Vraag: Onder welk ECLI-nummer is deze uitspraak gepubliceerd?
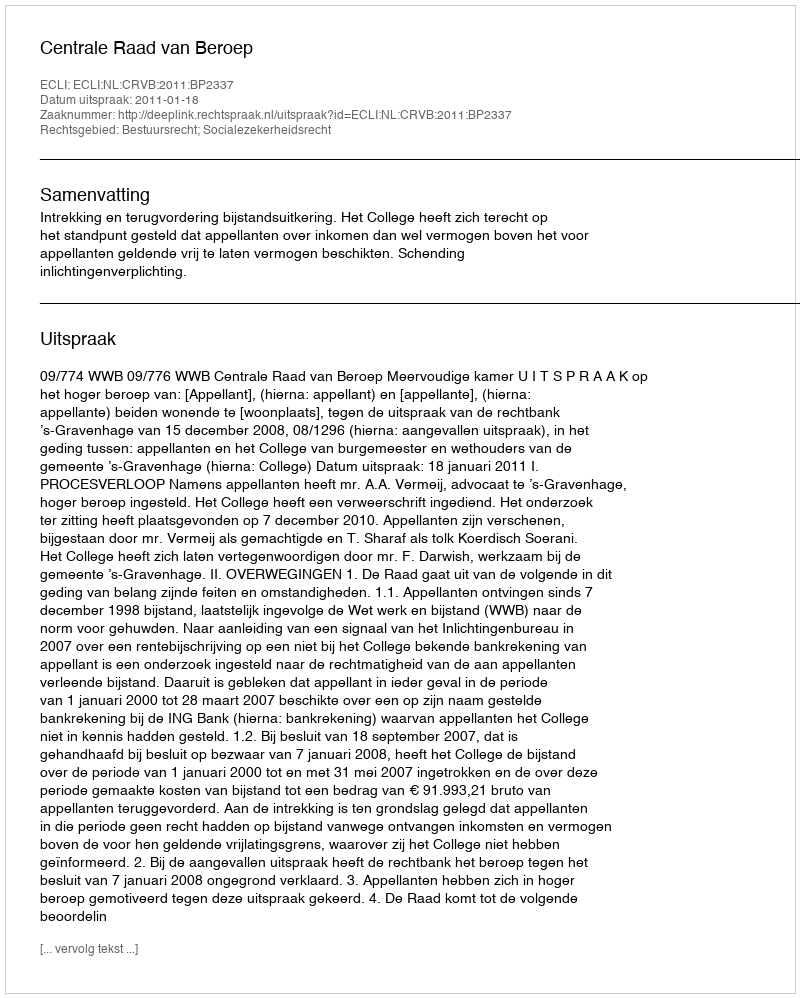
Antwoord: ECLI:NL:CRVB:2011:BP2337